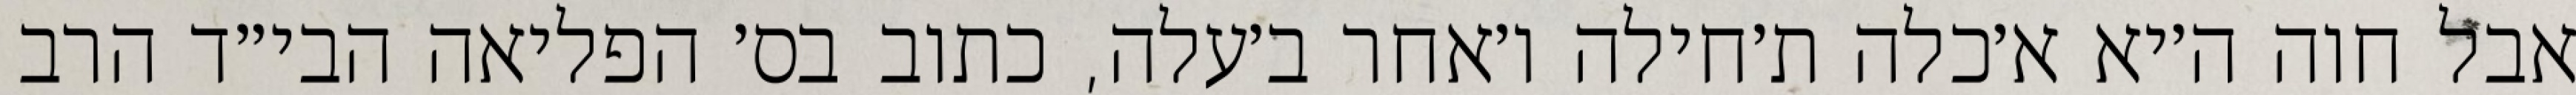
אבל חוה ה׳יא א׳כלה ת׳חילה ו׳אחר ב׳עלה, כתוב בס׳ הפליאה הבי״ד הרב